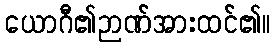
ယောဂီ၏ဉာဏ်အားထင်၏။